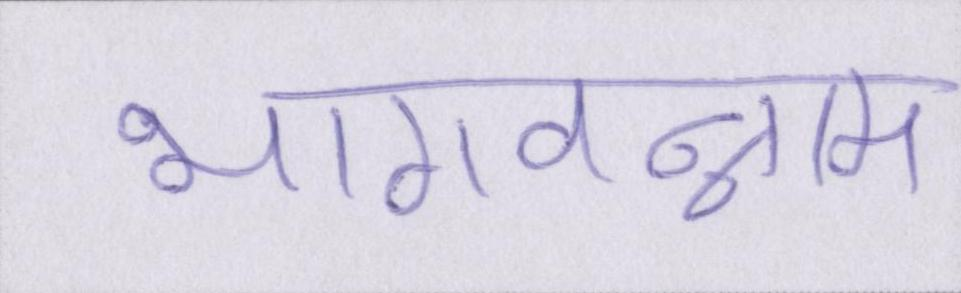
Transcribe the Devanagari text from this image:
भगवन्नाम